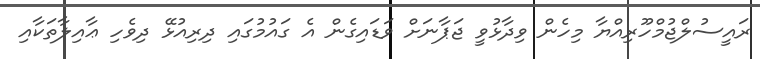
ރައީސުލްޖުމްހޫރިއްޔާ މިހެން ވިދާޅުވީ ޖަޕާނަށް ވަޑައިގެން އެ ގައުމުގައި ދިރިއުޅޭ ދިވެހި ޢާއިލާތަކާއި